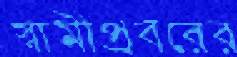
স্বামীপ্রবরের